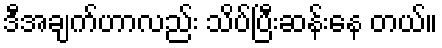
ဒီအချက်ဟာလည်း သိပ်ပြီးဆန်းနေ တယ်။